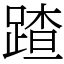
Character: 蹅